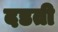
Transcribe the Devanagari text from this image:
दडती